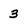
Character: 3